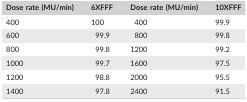
| Dose rate (MU/min) | 6XFFF | Dose rate (MU/min) | 10XFFF |
 | --- | --- | --- | --- |
 | 400 | 100 | 400 | 99.9 |
 | 600 | 99.9 | 800 | 99.8 |
 | 800 | 99.8 | 1200 | 99.2 |
 | 1000 | 99.7 | 1600 | 97.5 |
 | 1200 | 98.8 | 2000 | 95.5 |
 | 1400 | 97.8 | 2400 | 91.5 |